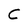
Character: C